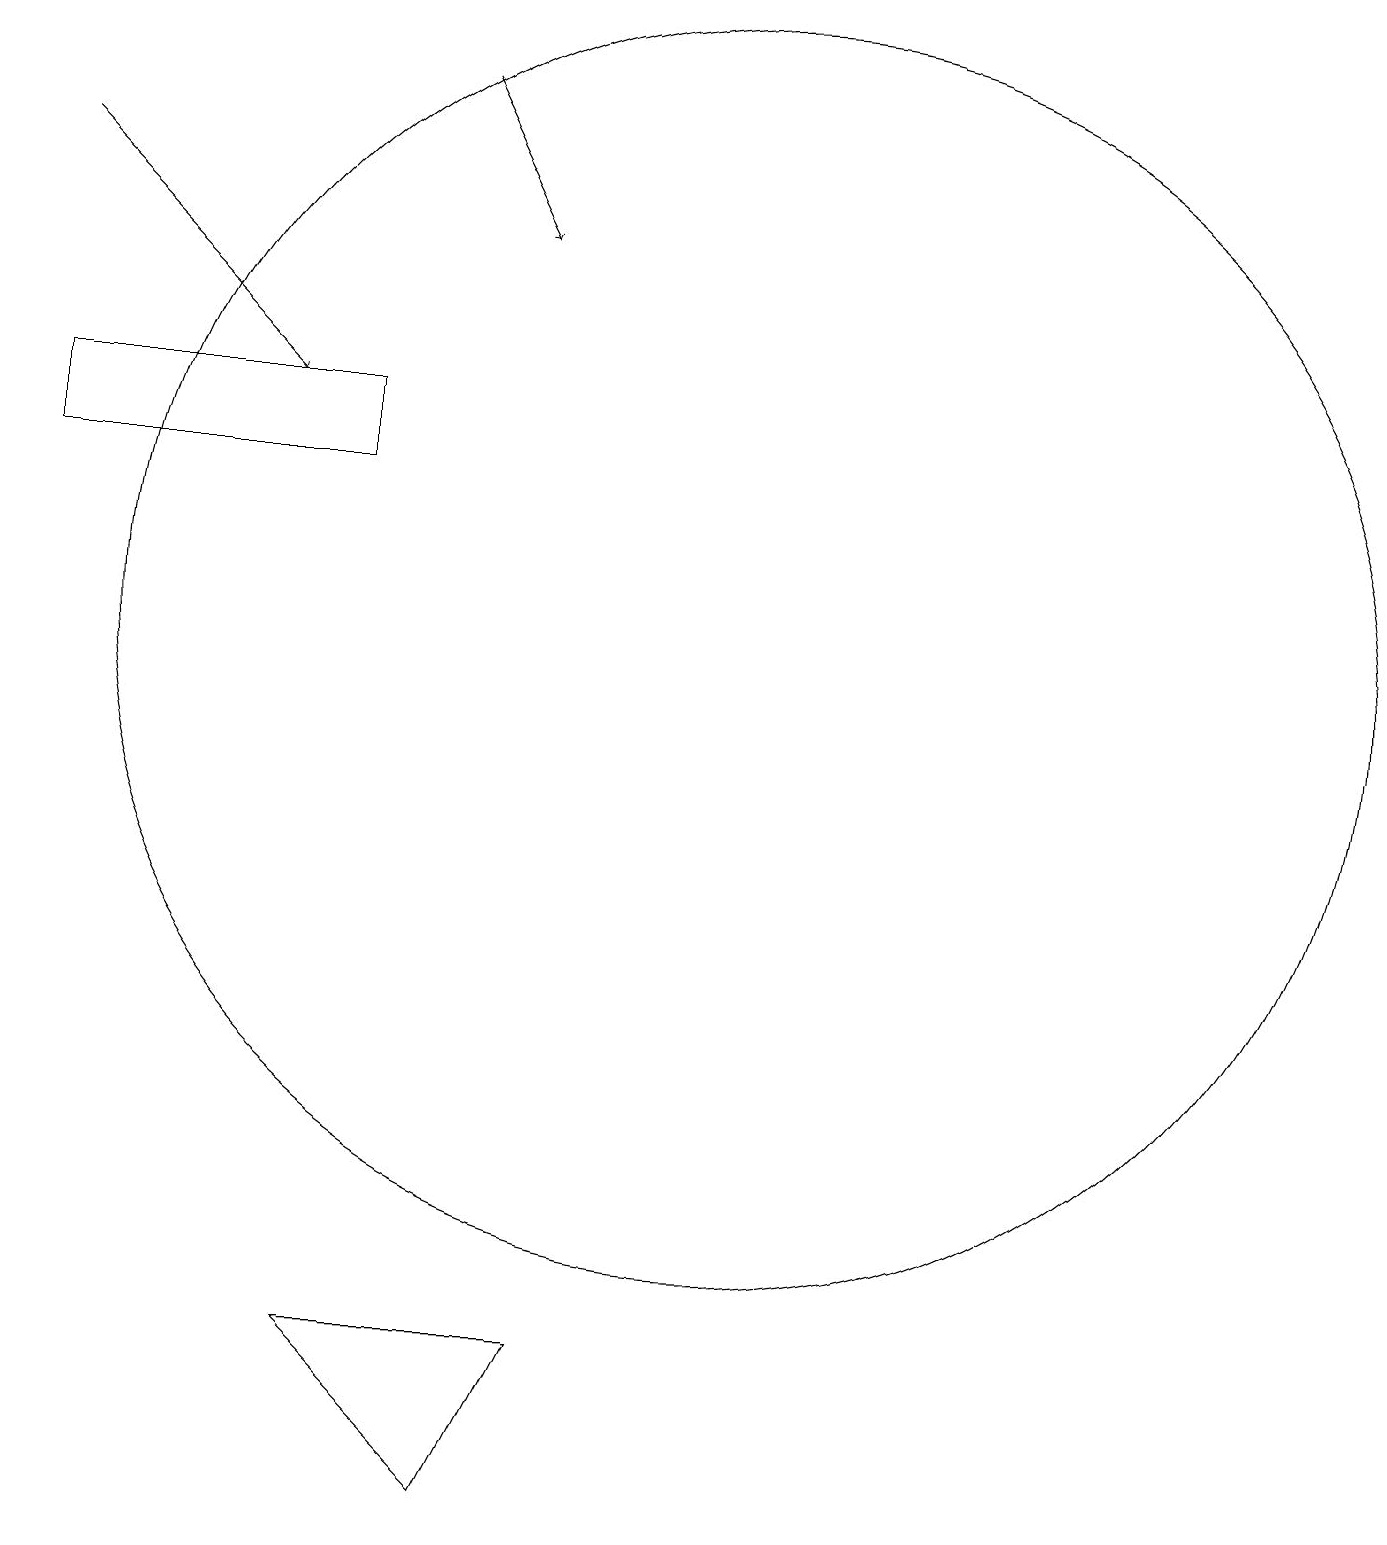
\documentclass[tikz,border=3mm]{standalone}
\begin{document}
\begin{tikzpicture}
\draw (11,11) circle (8);
\draw (8,0) -- (6,2) -- (9,2) -- cycle;
\draw[->] (2,17) -- (5,14);
\draw (6,14) rectangle (2,13);
\draw[->] (7,18) -- (8,16);
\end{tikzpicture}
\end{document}